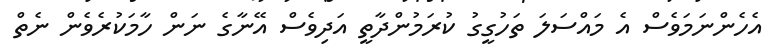
އެހެންނަމަވެސް އެ މައްސަލަ ތަހުގީގު ކުރަމުންދާތީ އަދިވެސް އޭނާގެ ނަން ހާމަކުރެވެން ނެތް